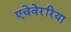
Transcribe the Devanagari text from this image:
एचेवेररिया